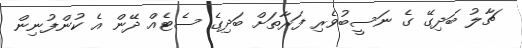
ޗާލު ބަދިގޭ ގެ ނަސީބުވެރި ފަރާތަށް ބަދިގެ ސެޓެއް ދޭން އެ ކުންފުނިން